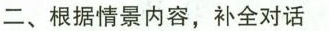
二、根据情景内容,补全对话